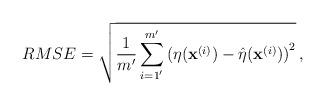
LaTeX: \begin{align*}RMSE = \sqrt{\frac{1}{m'}\sum_{i=1'}^{m'} \left(\eta(\mathbf{x}^{(i)})-\hat{\eta}(\mathbf{x}^{(i)})\right)^2} \, ,\end{align*}